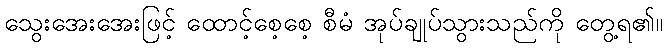
သွေးအေးအေးဖြင့် ထောင့်စေ့စေ့ စီမံ အုပ်ချုပ်သွားသည်ကို တွေ့ရ၏။